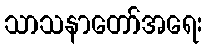
သာသနာတော်အရေး